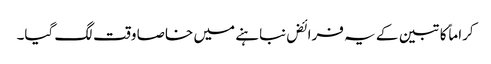
کراماً کاتبین کے یہ فرائض نباہنے میں خاصا وقت لگ گیا۔